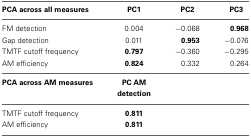
<table><thead><tr><td><b>PCA across all measures</b></td><td><b>PC1</b></td><td><b>PC2</b></td><td><b>PC3</b></td></tr></thead><tbody><tr><td>FM detection</td><td>0.004</td><td>−0.068</td><td><b>0.968</b></td></tr><tr><td>Gap detection</td><td>0.011</td><td><b>0.953</b></td><td>−0.076</td></tr><tr><td>TMTF cutoff frequency</td><td><b>0.797</b></td><td>−0.360</td><td>−0.295</td></tr><tr><td>AM efficiency</td><td><b>0.824</b></td><td>0.332</td><td>0.264</td></tr><tr><td><b>PCA across AM measures</b></td><td><b>PC AM detection</b></td><td></td><td></td></tr><tr><td>TMTF cutoff frequency</td><td><b>0.811</b></td><td></td><td></td></tr><tr><td>AM efficiency</td><td><b>0.811</b></td><td></td><td></td></tr></tbody></table>